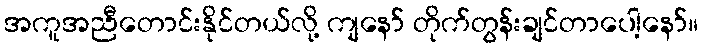
အကူအညီတောင်းနိုင်တယ်လို့ ကျနော် တိုက်တွန်းချင်တာပေါ့နော်။